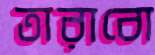
তারাবো